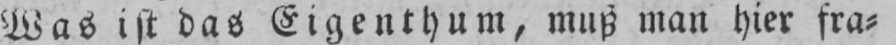
Was ist das Eigenthum, muß man hier fra⸗